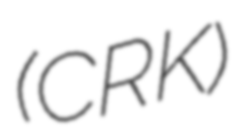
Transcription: (CRK)